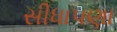
સીધાપણા